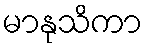
မာနုသိကာ